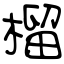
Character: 榴